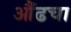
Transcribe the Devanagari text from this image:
औंढचा